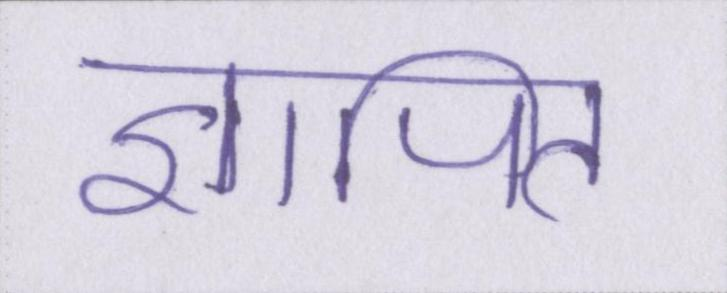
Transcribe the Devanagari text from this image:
ज्ञापित